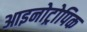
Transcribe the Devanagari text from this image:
आइनोट्रोपिक